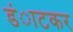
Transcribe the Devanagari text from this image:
डंाटकर